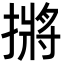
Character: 摪